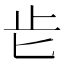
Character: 𣥅